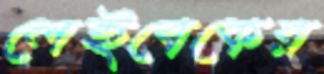
লেইবেকের